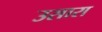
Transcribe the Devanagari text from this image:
उसारा